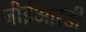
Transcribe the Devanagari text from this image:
जीईआरडी